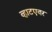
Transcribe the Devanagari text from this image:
व्हाटएवर